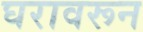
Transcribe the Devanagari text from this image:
घरावरून